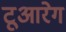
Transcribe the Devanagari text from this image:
टूआरेग